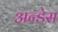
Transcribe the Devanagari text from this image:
अन्डेस